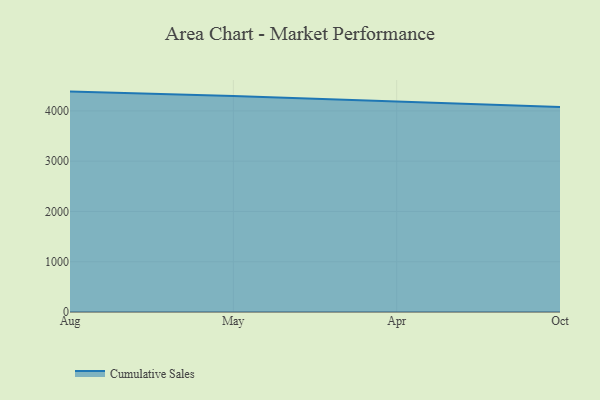
{"axis": {"x": "Month", "y": "Temperature (°C)"}, "legend": ["Cumulative Sales"], "data": [{"x": "Aug", "y": 4383.3, "type": "Cumulative Sales"}, {"x": "May", "y": 4295.1, "type": "Cumulative Sales"}, {"x": "Apr", "y": 4188.1, "type": "Cumulative Sales"}, {"x": "Oct", "y": 4079.0, "type": "Cumulative Sales"}]}